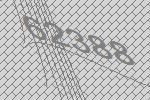
62388